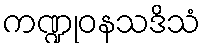
ကဏ္ဍုဝနသဒိသံ